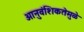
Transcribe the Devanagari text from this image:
आनुवंशिकतेमुळे